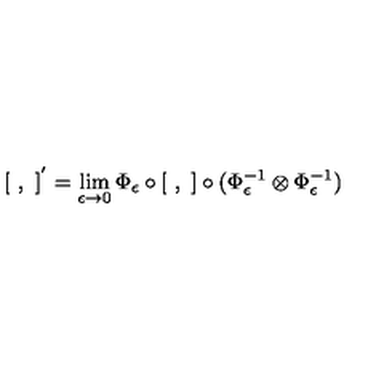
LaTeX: [ \ , \ ] ^ { ' } = \lim _ { \epsilon \to 0 } \Phi _ { \epsilon } \circ [ \ , \ ] \circ ( \Phi _ { \epsilon } ^ { - 1 } \otimes \Phi _ { \epsilon } ^ { - 1 } )